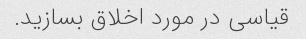
قیاسی در مورد اخلاق بسازید.